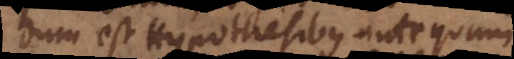
dum est Hypothesibus antequam